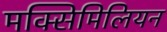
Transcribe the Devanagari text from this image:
मक्सिमिलियन